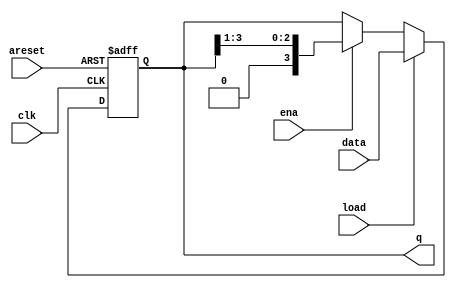
// This program was cloned from: https://github.com/matthewdelorenzo/CreativEval
// License: BSD 3-Clause "New" or "Revised" License

module top_module(
    input clk,
    input areset,  // async active-high reset to zero
    input load,
    input ena,
    input [3:0] data,
    output reg [3:0] q); 

    always @(posedge clk or posedge areset) begin
        if(areset) begin
            q <= 0;
        end
        else begin
            if(load == 1) begin
                q <= data;  
            end
            else begin
                if(ena == 1) begin
                    /*q[0] = q[1];
                    q[1] = q[2];
                    q[2] = q[3];
                    q[3] = 0;*/
                    q = q >> 1;
                end
            end
        end
    end
    
endmodule